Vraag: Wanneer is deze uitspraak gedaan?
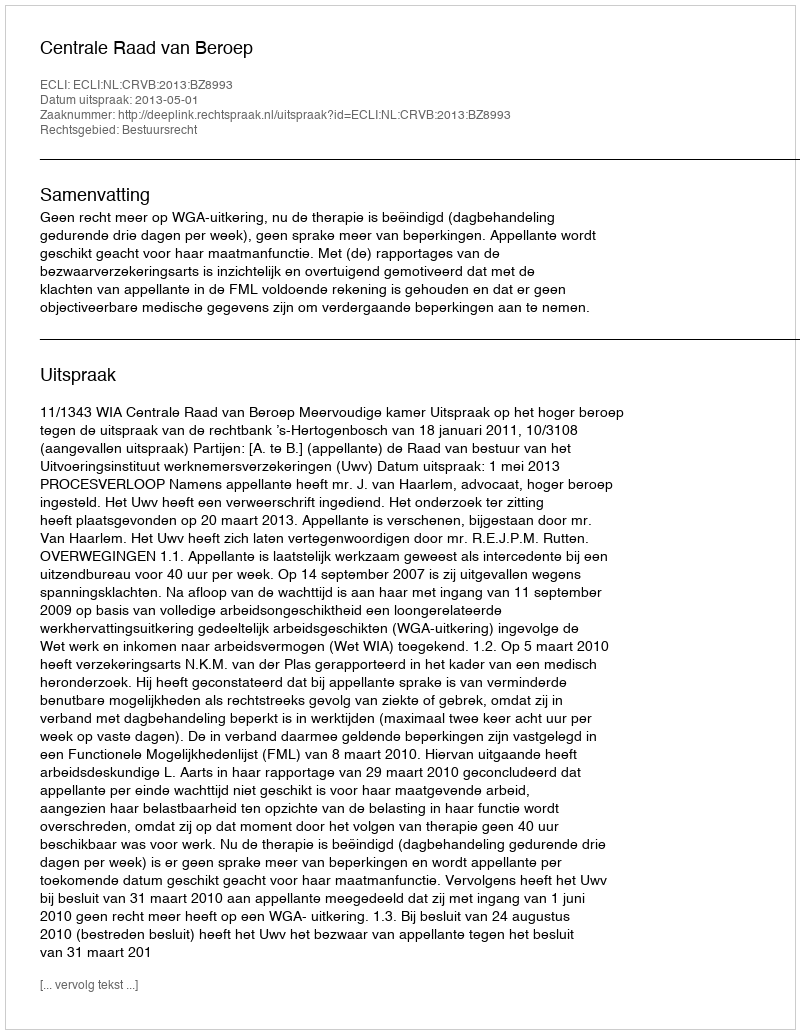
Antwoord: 2013-05-01